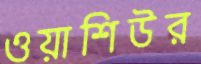
ওয়াশিউর